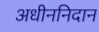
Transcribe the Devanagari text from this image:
अधीननिदान